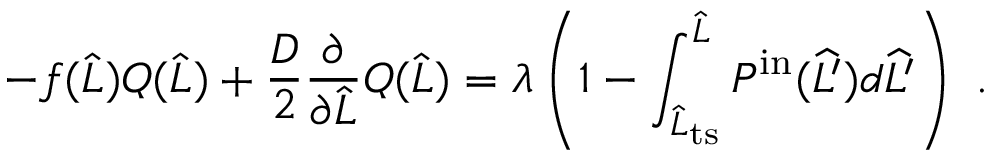
- f ( \widehat { L } ) Q ( \widehat { L } ) + \frac { D } { 2 } \frac { \partial } { \partial \widehat { L } } Q ( \widehat { L } ) = \lambda \left( 1 - \int _ { \widehat { L } _ { \mathrm { t s } } } ^ { \widehat { L } } P ^ { \mathrm { i n } } ( \widehat { L ^ { \prime } } ) d \widehat { L ^ { \prime } } \right) \ .